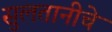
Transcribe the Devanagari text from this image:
सुलतानीचे